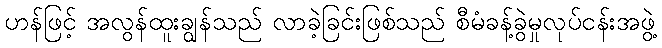
ဟန်ဖြင့် အလွန်ထူးချွန်သည် လာခဲ့ခြင်းဖြစ်သည် စီမံခန့်ခွဲမှုလုပ်ငန်းအဖွဲ့